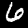
Digit: 6